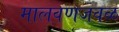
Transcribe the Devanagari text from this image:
मालवणजवळ